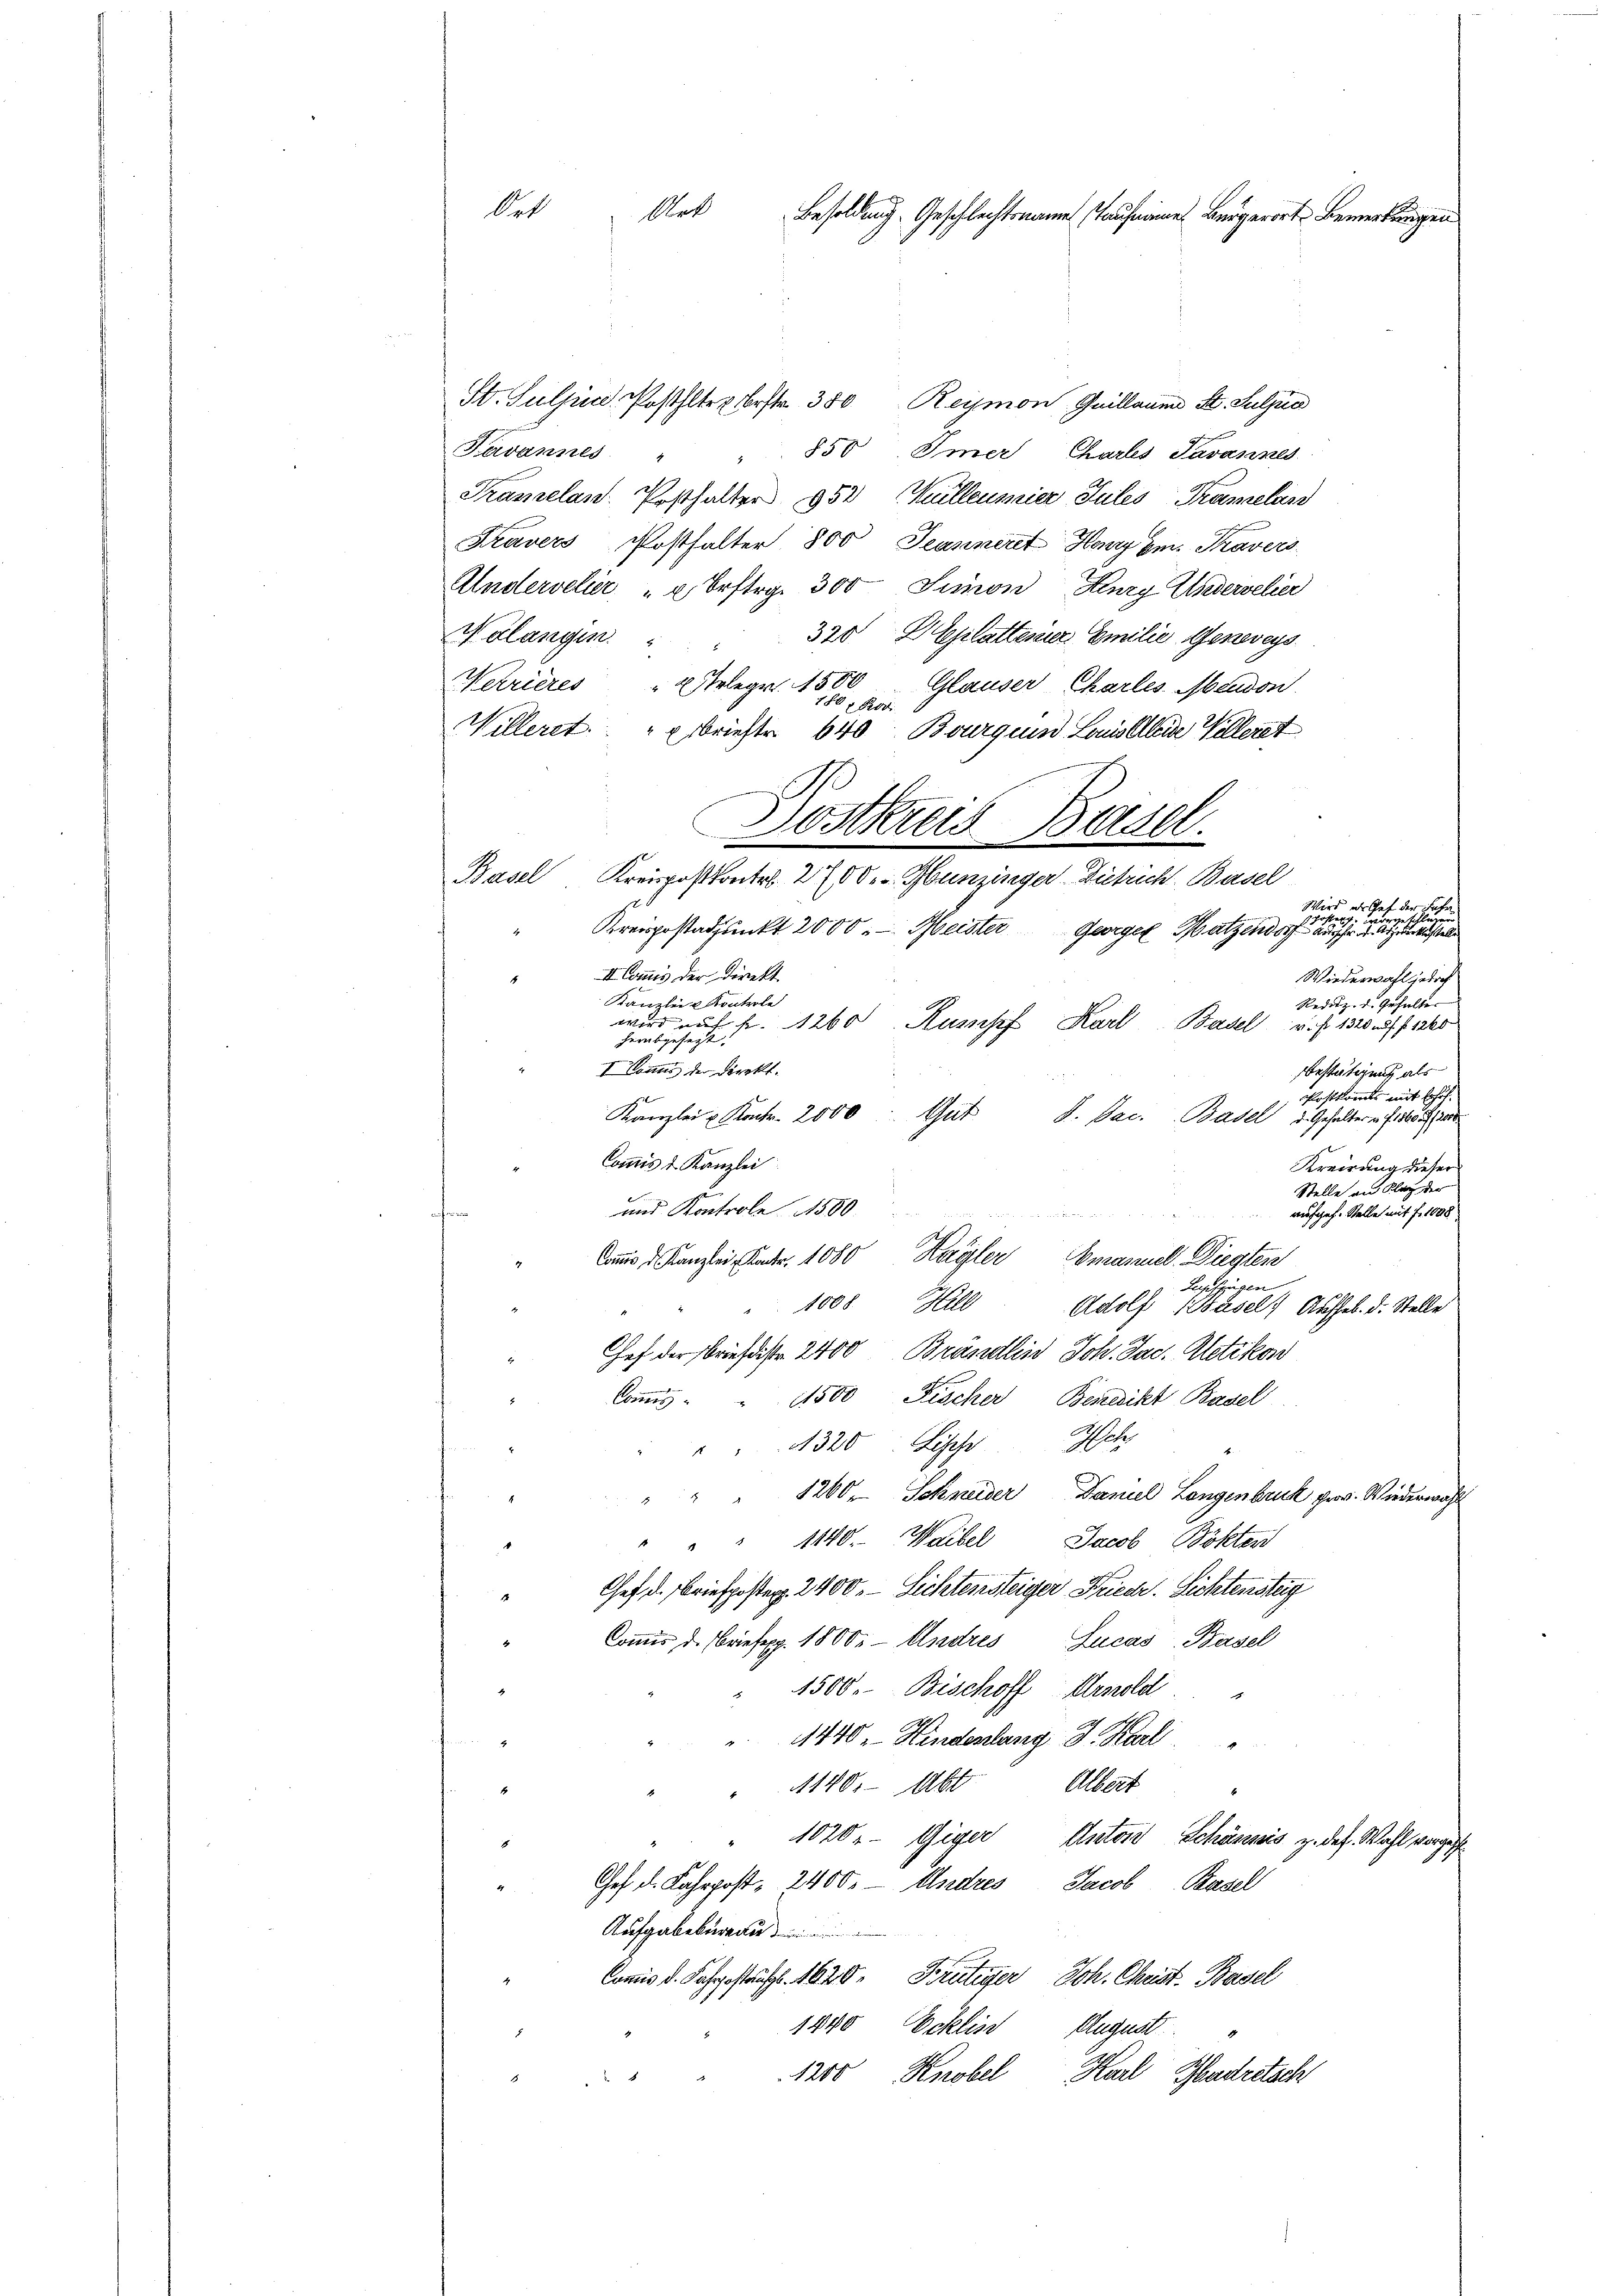
Ort
Art Besoldung. Geschlechtsnamen aufname Bergerorte Bemerkungen

St. Suljur. Posthalter bestr. 350 Reymon, Guillaume St. Suljua
Tavannes
850 Imer, Chartes Savannes
Pramelan. Posthalter 353 (Mülleumier Jules Tramelan
Kravers Postfalter 800 Jeanneret Henny em. Tavers
Andervelier " u. Erftrg. 300 Simon Burg Wiedervelier
Nolangen " " 320 2 Glattener Emilie, Genereys
Werrieres " 2 Delegr. 1500 Glauser Charles Meudon.
Willeret. " Briefter 640 Bourquin Louis leide Vellerat
Postkreis Basel.
Basel Kreispostkontr. 200. Gunzinger Dietrich. Basel
Kreispostadjunkt 2000. Meister Georgen Satzendorf auch die es sie einer
II Commis der Direkt
Wiederwahl jedoch
Kanzlei & Kontrole
Reduz. d. Gehalter
wird auf fr. 1260 Kusssef Karl Basel u. f. 1310 f 15
herabgesagt:
I Donnes der Direkt.
bestätigung als
Postkomts mit Erhöh
Kanzlei u Kontr. 2000. Gut d. Jac. Basel 2. Gehaltern filberg
Commis d. Kanzlei
Kreisung dieser
Stelle an Klag der
und Kontrole 1580.
aufgef. Stelle mit f. 1608
  d   ein
Caus d. Kanzlei Ander. 1080 Hayler Emanuel. Diegten
Lupfzügen
1008
Adolf Basel Aufhel. d. Stelle
hef der Briefdiste 2400 Brandlin Joh. Jac. Gletikon
Commis
11500 Fischer Benedikt Basel
" 320 Lische Ich
1200. Schneider Daniel Langenbruck pr. Wiederwähl
ä
1140. Waibel
Jacob Bökten
Chef. d. Briefposten 2400.- Lichternsteiger Friedr. Sichtensteig
1
Commis d. resp. 1800. Andres Lucas Basel
1500. Bischoff Arnold
1440 - Hindenlang J. Karl
1140. Abt. Albert
1020.- Giger Anton Schännis z. des. Wahl vorge
Ges. d. Fahrpost 2400. Andres Jacob Basel
Aufgabebureau
Commis d. Fahrgesträfl. 1620. Frutiger Joh. Christ. Basel
1840 Ecklin
August.
Karl Gudretsch
1200 Knobel
d 3

Wird es Gef der Fahr
e